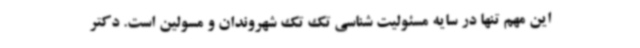
این مهم تنها در سایه مسئولیت شناسی تک تک شهروندان و مسولین است. دکتر